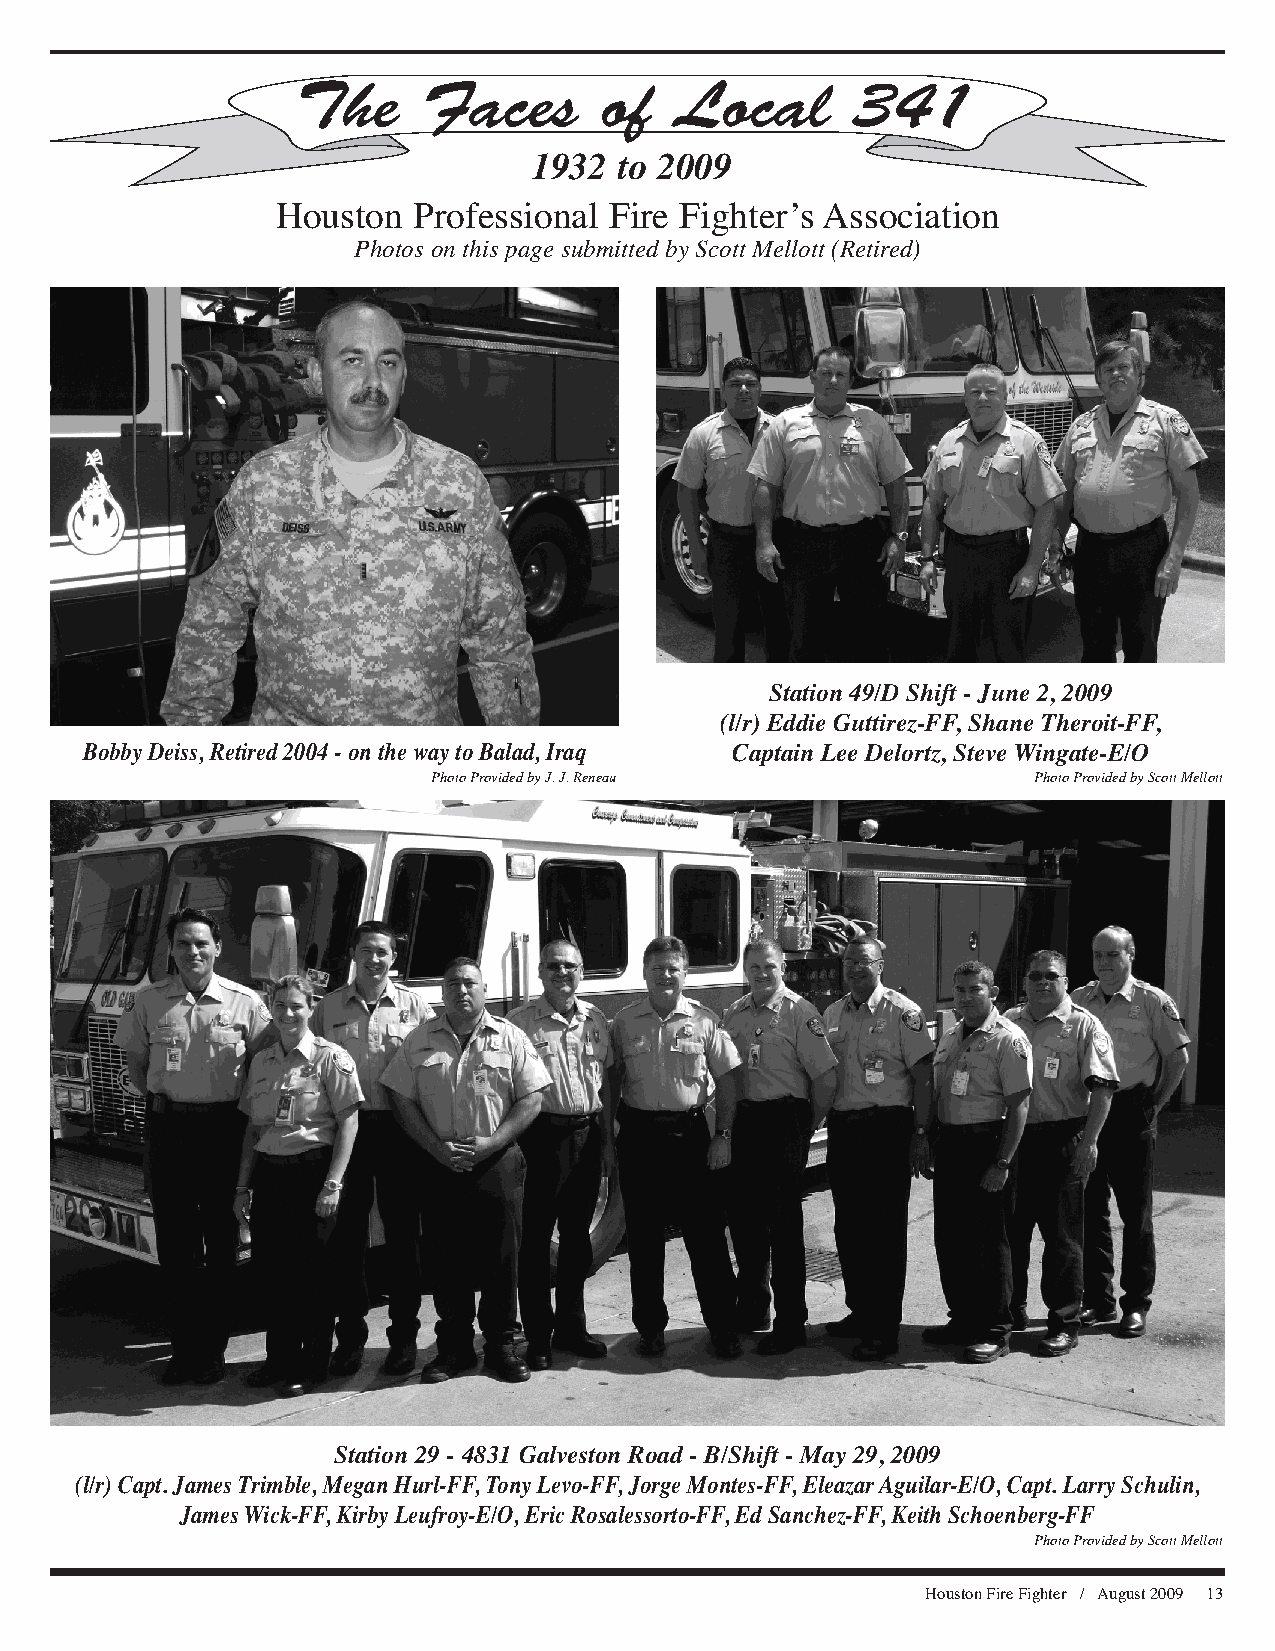
1932  to 2009
 Houston  Professional Fire Fighter’s Association
 Photos on this page submitted by Scott Mellott (Retired)
 Station 49/D Shift - June 2, 2009
 (l/r) Eddie Guttirez-FF, Shane Theroit-FF,
 BobbyDeiss,Retired2004-onthewaytoBalad,Iraq Captain Lee Delortz, Steve Wingate-E/O
 PhotoProvidedbyJ.J.Reneau              PhotoProvidedbyScottMellott
 Station 29 - 4831 Galveston Road - B/Shift - May 29, 2009
 (l/r)Capt.JamesTrimble,MeganHurl-FF,TonyLevo-FF,JorgeMontes-FF,EleazarAguilar-E/O,Capt.LarrySchulin,
 JamesWick-FF,KirbyLeufroy-E/O,EricRosalessorto-FF,EdSanchez-FF,KeithSchoenberg-FF
 PhotoProvidedbyScottMellott
 HoustonFireFighter / August2009 13